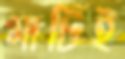
মাটিই